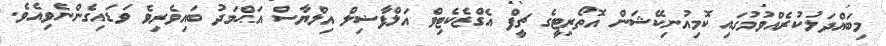
މިބައްދަލުކުރެއްވުމުގައި ކޮމިއުނިކޭޝަން އޮތޯރިޓީގެ ޗީފް އެގްޒެކެޓިވް އަލްފާޟިލް އިލްޔާސް އަޙްމަދު ބައިވެރިވެ ވަޑައިގެންނެވިއެވެ.